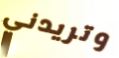
وتريدني